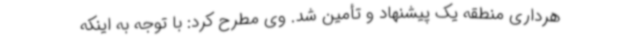
هرداری منطقه یک پیشنهاد و تأمین شد. وی مطرح کرد: با توجه به اینکه